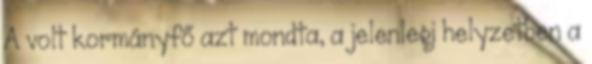
A volt kormányfő azt mondta, a jelenlegi helyzetben a